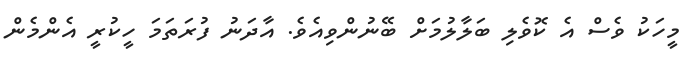
މީހަކު ވެސް އެ ކޮވެލި ބަލާލުމަށް ބޭނުންވިއެވެ. އާދަނު ފުރަތަމަ ހީކުރީ އެންމެން